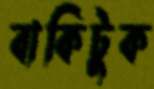
বাকিটুক